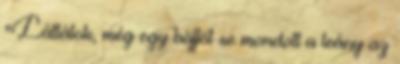
"Láttátok, még egy böfföt se mondott a leány az